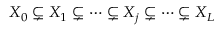
\begin{array} { r } { X _ { 0 } \subsetneq X _ { 1 } \subsetneq \cdots \subsetneq X _ { j } \subsetneq \cdots \subsetneq X _ { L } } \end{array}